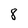
Character: 8